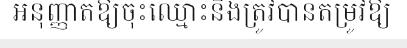
អនុញ្ញាតឱ្យចុះឈ្មោះនិងត្រូវបានតម្រូវឱ្យ